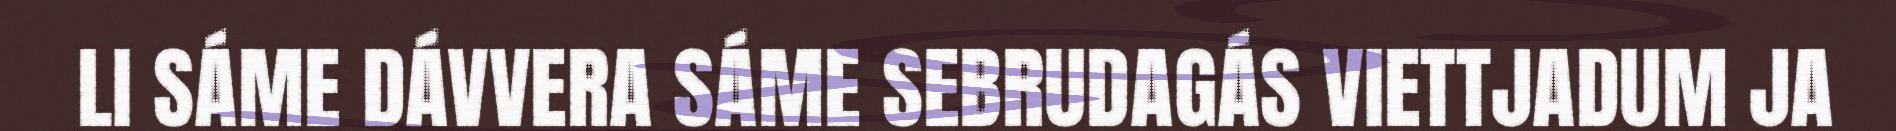
LI SÁME DÁVVERA SÁME SEBRUDAGÁS VIETTJADUM JA